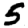
Digit: 5